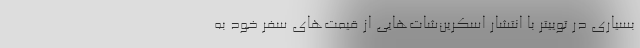
بسیاری در توییتر با انتشار اسکرین‌شات‌هایی از قیمت‌های سفر خود به